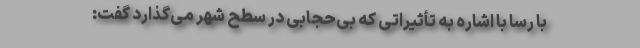
با رسا با اشاره به تأثیراتی که بی‌حجابی در سطح شهر می‌گذارد گفت: